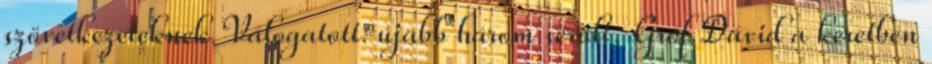
szövetkezeteknek Válogatott: újabb három sérült, Gróf Dávid a keretben